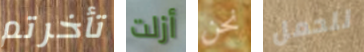
تأخرتم أزلت نحن للحمل